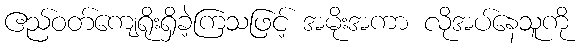
ဧည်ဝတ်ကျေရိုးရှိခဲ့ကြသဖြင့် အမိုးအကာ လိုအပ်နေသူကို